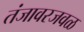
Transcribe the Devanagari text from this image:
तंजावरजवळ